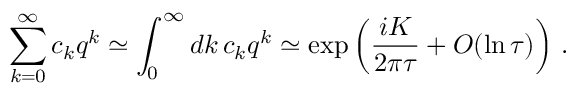
\sum _ { k = 0 } ^ { \infty } c _ { k } q ^ { k } \simeq \int _ { 0 } ^ { \infty } d k \, c _ { k } q ^ { k } \simeq \exp \left( \frac { i { \cal K } } { 2 \pi \tau } + { \cal O } ( \ln \tau ) \right) \, .